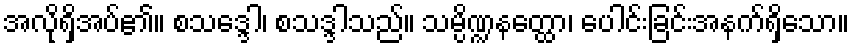
အလိုရှိအပ်၏။ စသဒ္ဒေါ၊ စသဒ္ဒါသည်။ သမ္ပိဏ္ဍနတ္ထော၊ ပေါင်းခြင်းအနက်ရှိသော။